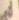
d